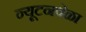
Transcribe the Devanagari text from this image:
न्यूटनवेळा